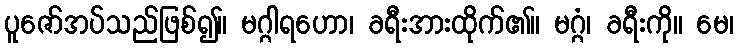
ပူဇော်အပ်သည်ဖြစ်၍။ မဂ္ဂါရဟော၊ ခရီးအားထိုက်၏။ မဂ္ဂံ၊ ခရီးကို။ မေ၊